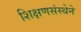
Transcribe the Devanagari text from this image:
शिक्षणसंस्थेने